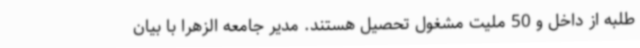
طلبه از داخل و 50 ملیت مشغول تحصیل هستند. مدیر جامعه الزهرا با بیان